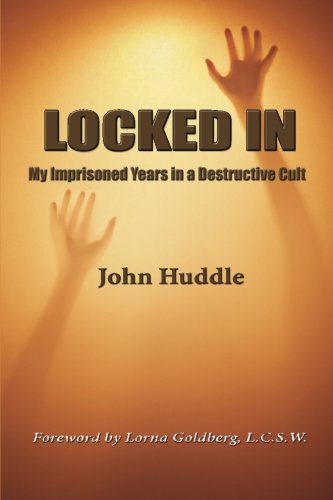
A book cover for Locked in: My Imprisoned Years in a Destructive Cult; Mr. John E Huddle III; Religion & Spirituality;